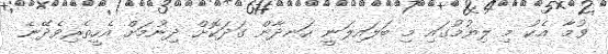
ވުމާ އެކު މި ލިޔުމުގައި މި ބަލައިލަނީ ހަނދާން ގަދަކޮށް ދިނުމަށް އެހީތެރިވެދޭނެ